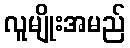
လူမျိုးအမည်